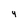
Character: 4